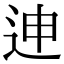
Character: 迧